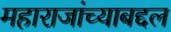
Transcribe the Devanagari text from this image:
महाराजांच्याबद्दल